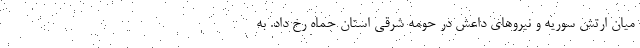
میان ارتش سوریه و نیروهای داعش در حومه شرقی استان حماه رخ داد. به